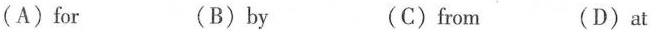
( A )for (B)by (C)from (D)at